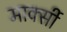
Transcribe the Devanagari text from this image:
मार्क्सी